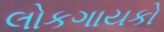
લોકગાયકો